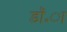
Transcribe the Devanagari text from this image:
डॉ॰ा